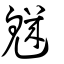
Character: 魕